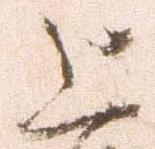
上